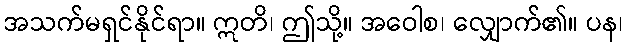
အသက်မရှင်နိုင်ရာ။ ဣတိ၊ ဤသို့။ အဝေါစ၊ လျှောက်၏။ ပန၊